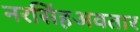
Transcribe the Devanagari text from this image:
नरसिंहअवतार